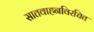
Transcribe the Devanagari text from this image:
सातवाहनविरचित